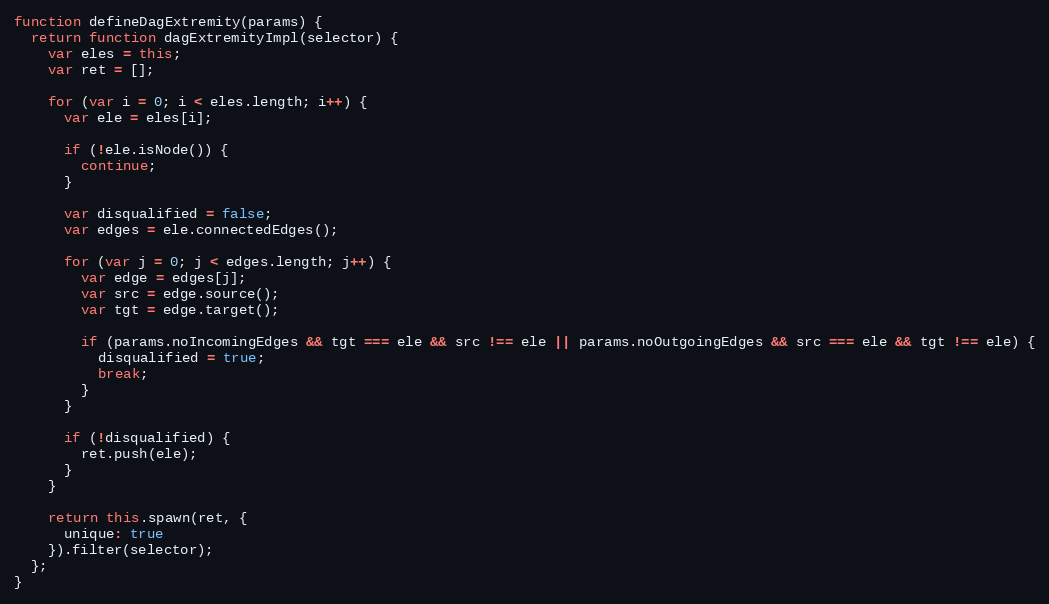
Language: JavaScript
function defineDagExtremity(params) {
  return function dagExtremityImpl(selector) {
    var eles = this;
    var ret = [];

    for (var i = 0; i < eles.length; i++) {
      var ele = eles[i];

      if (!ele.isNode()) {
        continue;
      }

      var disqualified = false;
      var edges = ele.connectedEdges();

      for (var j = 0; j < edges.length; j++) {
        var edge = edges[j];
        var src = edge.source();
        var tgt = edge.target();

        if (params.noIncomingEdges && tgt === ele && src !== ele || params.noOutgoingEdges && src === ele && tgt !== ele) {
          disqualified = true;
          break;
        }
      }

      if (!disqualified) {
        ret.push(ele);
      }
    }

    return this.spawn(ret, {
      unique: true
    }).filter(selector);
  };
}